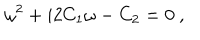
LaTeX: \omega ^ { 2 } + i 2 C _ { 1 } \omega - C _ { 2 } = 0 \ ,